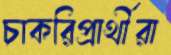
চাকরিপ্রার্থীরা